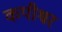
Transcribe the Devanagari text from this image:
कपीश्वर